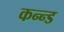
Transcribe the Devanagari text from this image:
कन्न्ड